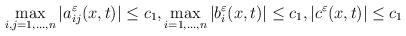
LaTeX: \begin{align*} \max_{i,j=1,\dots,n}|a_{ij}^\varepsilon(x,t)| \leq c_1, \max_{i=1,\dots,n}|b_i^\varepsilon(x,t)| \leq c_1, |c^\varepsilon(x,t)| \leq c_1 \end{align*}